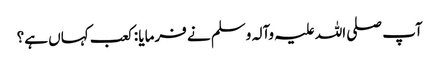
آپ صلی اللہ علیہ وآلہ وسلم نے فرمایا : کعب کہاں ہے؟